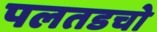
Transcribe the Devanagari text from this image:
पलतडचो